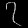
Digit: ၇